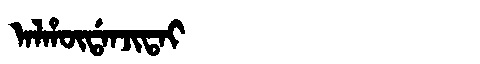
Manchu: ᠠᠯᡥᡡᡩᠠᠨᠵᡳᡨᠠᡳ
Romanization: ALHŪDANJITAI